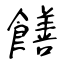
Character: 饍